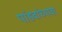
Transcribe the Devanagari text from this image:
पांडवांच्यावर